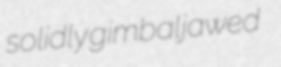
solidly gimbaljawed